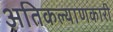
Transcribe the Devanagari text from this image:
अतिकल्याणकारी